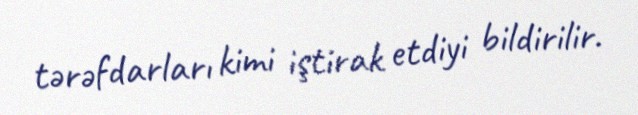
tərəfdarları kimi iştirak etdiyi bildirilir.